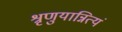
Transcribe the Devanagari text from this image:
श्रृणुयान्नित्यं